Vaccination returns of the Province of Eastern Bengal and Assam - 1905-1912
Year: 1905
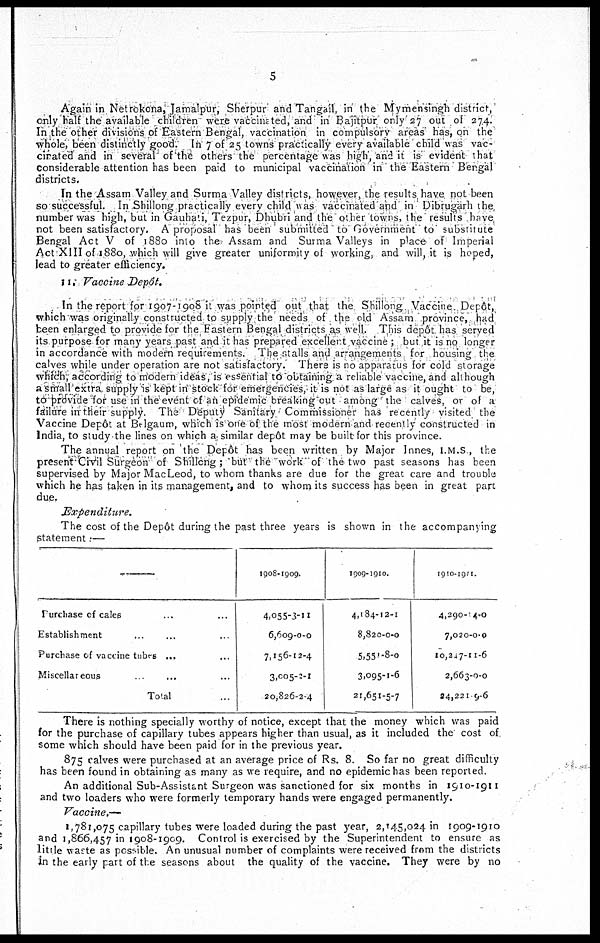
5
Again in Netrokona, Jamalpur, Sherpur and Tangail, in the Mymensingh district,
only half the available children were vaccinated, and in Bajitpur only27 out of 274.
In the other divisions of Eastern Bengal, vaccination in compulsary areas has, on the
whole, been distinctly good. In 7 of 25 towns practically every available child was vac-
cinated and in several of the others the percentage was high , and it is evident that
considerable attention has been paid to municipal vaccination in the Eastern Bengal
districts.
In the Assam Valley and Surma Valley districts, however , the results have not been
so successful. In Shillong practically every child was vaccinated and in Dibrugarh the
number was high, but in Gauhati, Tezpur, Dhubri and the other towns, the results have
not been satisfactory. A proposal has been submitted to Government to substitute
Bengal Act V of 1880 into the Assam and Surma Valleys in place of Imperial
Act XIII of 1880, which will give greater
uniformity of working, and will, it is hoped,
lead to greater efficiency.
11. Vaccine Depôt.
In the report for 1907-1908 it was pointed out that the Shillong Vaccine Depôt,
which was originally constructed to supply the needs of the old Assam province,had
been enlarged to provide for the Eastern Bengal districts as well. This depôt has served
its purpose for many years past and it has prepared excellent vaccine ; but it is no longer
in accordance with modern requirements. The stalls and arrangements for housing the
calves while under operation are not satisfactory. There is no apparatus for cold storage
which,according to modenrn ideas is essential to obtaining a reliable vaccine, and although
a small extra supply is kept in stock for emergencies, it is not as large as it ought to be,
to provide for use in the event of an epidemic breaking out among the calves, or of a
failure in their supply. The Deputy Sanitary Commissioner has recently visited the
Vaccine Depôt at Belgaum, which is one of; the most modern and recently constructed in
India, to study the lines on which a similar depôt may be built for this province.
The annual report on the Depôt has been written by Major Innes, I.M.S , the
present Civil Surgeon of Shillong ; but the work of the two past seasons has been
supervised by Major MacLeod, to whom thanks are due for the great care and trouble
which he has taken in its management, and to whom its success has been in great part
due.
Expenditure.
The cost of the Depôt during the past three years is shown in the accompanying
statement:—
—
Purchase of cales... ...
Establishment...
...
Purchase of vaccine
tubes...
...
Miscellareous...
...
Total... ...
1908-1909.
4,055-3-11
6,609-0-0
7,156-12-4
3,005-2-1
20,826-2-4
1909-1910.
4,184-12-1
8,820-0-0
5,551-8-0
3,095-1-6
21,651-5-7
1910-1911.
4,290-410
7,020-0-0
10,247-11-6
2,663-0-0
24,221 9-6
There is nothing specially worthy of notice, except that the money which was paid
for the purchase of capillary tubes appears higher than usual, as it included the cost of
some which should have been paid for in the previous year.
875 calves were purchased at an average price of Rs. 8. So far no great difficulty
has been found in obtaining as many as we require, and no epidemic has been reported.
An additional Sub-Assistant Surgeon was sanctioned for six months in 1910-1911
and two loaders who were formerly temporary hands were engaged permanently.
Vaccine.—
1,781,075 capillary tubes were loaded during the past year, 2,145,024 in 1909-1910
and 1,866,457 in 1908-1909. Control is exercised by the Superintendent to ensure as
little waste as possible. An unusual number of complaints were received from the districts
in the early part of the seasons about the quality of the vaccine. They were by no